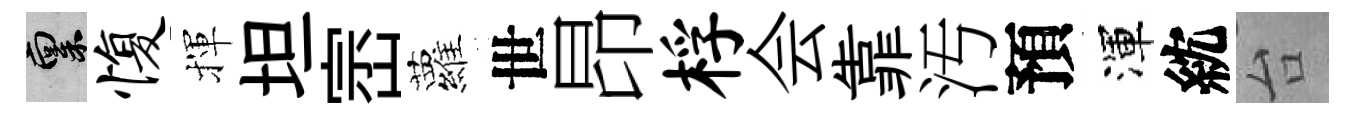
禀愎揮坦崈蘿世昂桴会靠汚預渾紞台